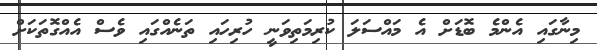
މިނާގައި އެންމެ ބޮޑަށް އެ މައްސަލަ ކުރިމަތިވަނީ ހުރިހައި ތަނެއްގައި ވެސް އެއްގޮތަކަށް